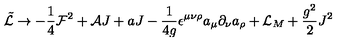
\tilde { { \cal L } } \rightarrow - \frac { 1 } { 4 } { \cal F } ^ { 2 } + { \cal A } J + a J - \frac { 1 } { 4 g } \epsilon ^ { \mu \nu \rho } a _ { \mu } \partial _ { \nu } a _ { \rho } + { \cal L } _ { M } + \frac { g ^ { 2 } } { 2 } J ^ { 2 }